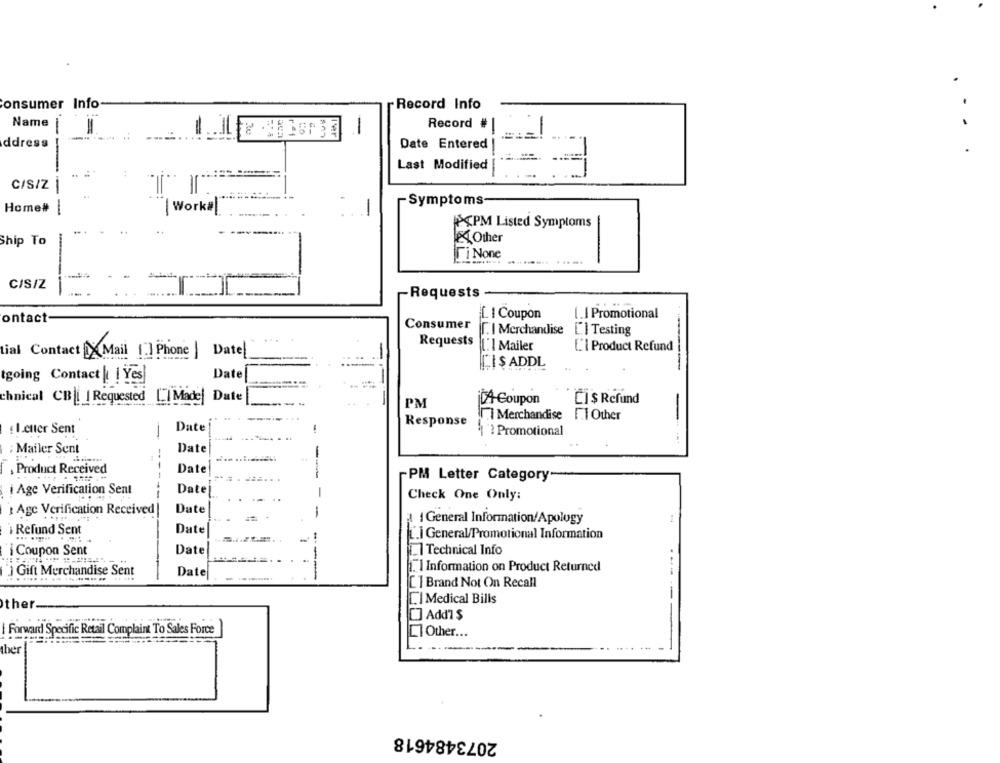
Consumer
Info
Record Info
Name
Co
Record # |
Ter
ddress
Date Entered !
Last Modified
-
C/S/Z |
Symptoms-
Home#|
| Work#l
<PM Listed Symptoms
Ship To
Other
Ti None
C/S/Z
Requests
ontact
L I Coupon
. I Promotional
Consumer
T. I Merchandise
[.] Testing
Requests
1. ] Mailer
L'I Product Refund
Lial Contact [XMail [:] Phone | Date
-
CI $ ADDL
tgoing Contact | | Yes
Date
chnical CB| Requested [] Made Date
PM
jCA-Coupon
CI$ Refund
I Merchandise
F.I Other
-
Date
Response
. I.enter Sent
Promotional
: Mailer Sent
Date
--
-
,Product Received
Date
PM Letter Category
i Age Verification Sent
Date
-
Check One Only:
Age Verification Received
Date
-
a 1 General Information/Apology
i Refund Sent
Date
[.] General/Promotional Information
i Coupon Sent
Date
Technical Info
"] Gift Merchandise Sent
1. I Information on Product Returned
Date
---
[ ] Brand Not On Recall
L. | Medical Bills
ther
[] Add1 $
I Forward Specific Retail Complaint To Sales Force
LI Other ...
ther
2073484618